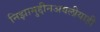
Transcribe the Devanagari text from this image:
निझामुद्दीनअवलीयाही